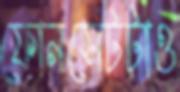
ফোনসেটটাও